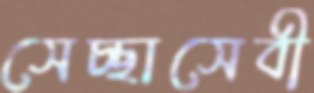
সেচ্ছাসেবী